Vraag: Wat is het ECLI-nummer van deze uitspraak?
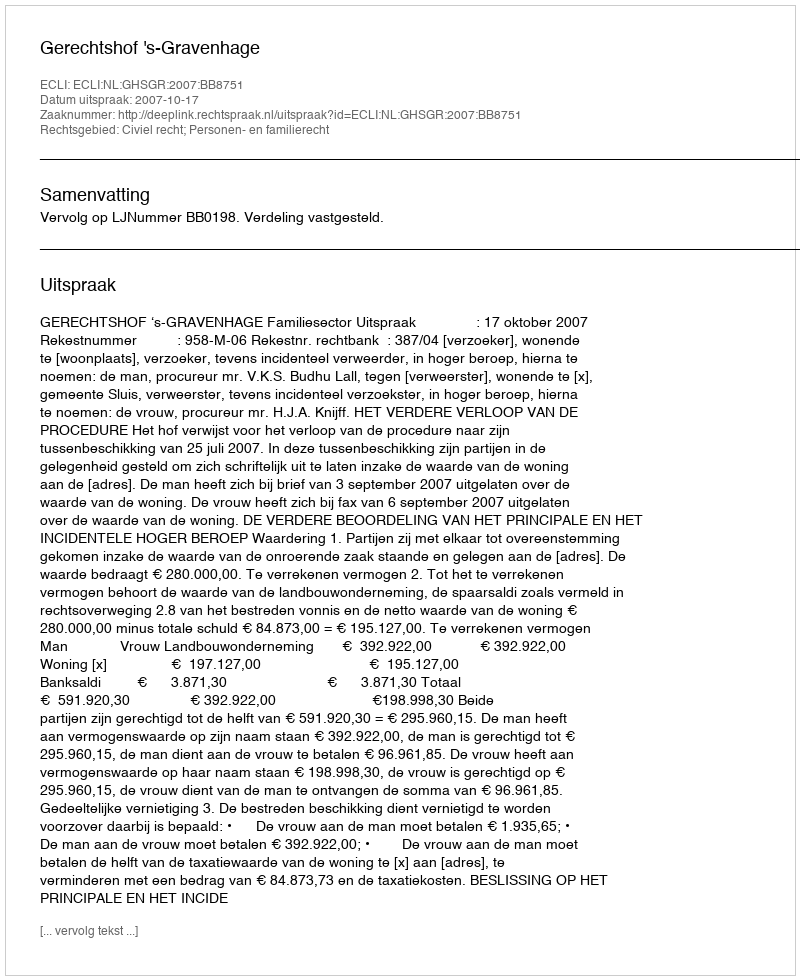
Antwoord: ECLI:NL:GHSGR:2007:BB8751